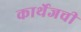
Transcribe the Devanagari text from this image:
कार्थेजची